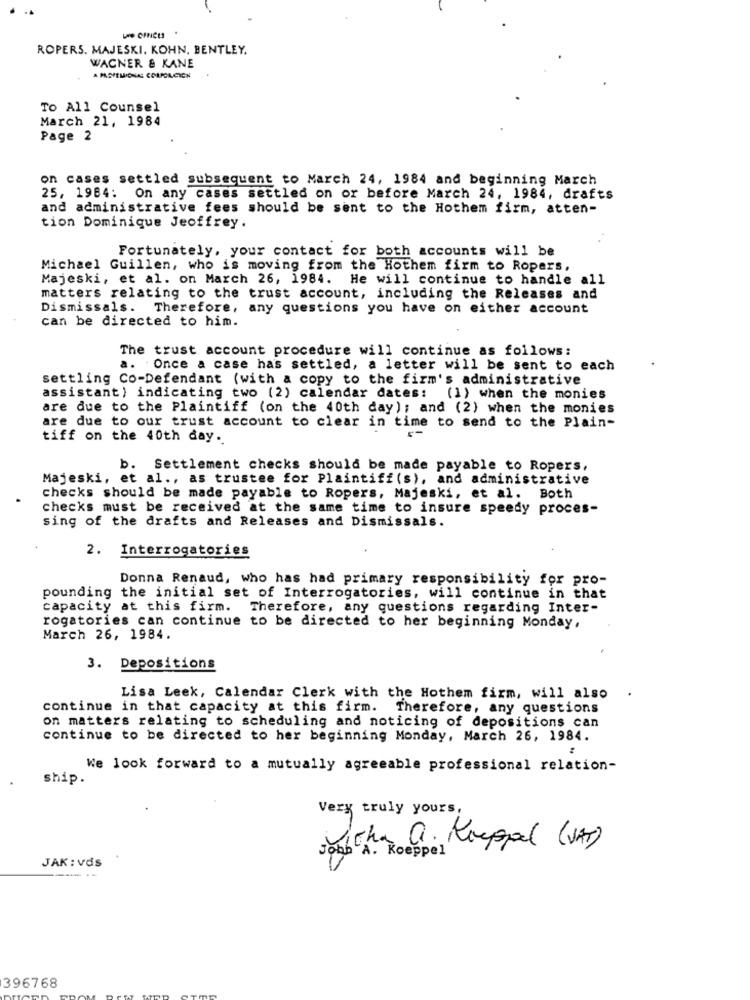
ROPERS. MAJESKI. KOHN. BENTLEY.
WAGNER & KANE
TO All Counsel
March 21, 1984
Page 2
on cases settled subsequent to March 24, 1984 and beginning March
25, 1984: On any cases settled on or before March 24, 1984, drafts
and administrative fees should be sent to the Hothem firm, atten-
tion Dominique Jeoffrey.
Fortunately, your contact for both accounts will be
Michael Guillen, who is moving from the Hothem firm to Ropers,
Majeski, et al. on March 26, 1984. He will continue to handle all
matters relating to the trust account, including the Releases and
Dismissals. Therefore, any questions you have on either account
can be directed to him.
The trust account procedure will continue as follows:
a. Once a case has settled, a letter will be sent to each
settling Co-Defendant (with a copy to the firm's administrative
assistant ) indicating two (2) calendar dates: (1) when the monies
are due to the Plaintiff (on the 40th day); and (2) when the monies
are due to our trust account to clear in time to send to the Plain-
tiff on the 40th day.
b. Settlement checks should be made payable to Ropers,
Majeski, et al ., as trustee for Plaintiff (s), and administrative
checks should be made payable to Ropers, Majeski, et al. Both
checks must be received at the same time to insure speedy proces-
sing of the drafts and Releases and Dismissals.
2. Interrogatories
Donna Renaud, who has had primary responsibility for pro-
pounding the initial set of Interrogatories, will continue in that
capacity at this firm. Therefore, any questions regarding Inter-
rogatories can continue to be directed to her beginning Monday,
March 26, 1984.
3. Depositions
Lisa Leek, Calendar Clerk with the Hothem firm, will also
continue in that capacity at this firm. Therefore, any questions
on matters relating to scheduling and noticing of depositions can
continue to be directed to her beginning Monday, March 26, 1984.
We look forward to a mutually agreeable professional relation-
ship.
Very truly yours,
Socha D. Kreppal (VA)
JAK : vds
396768